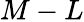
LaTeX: M-L